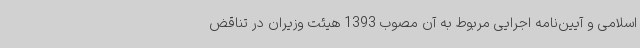
اسلامی و آیین‌نامه اجرایی مربوط به آن مصوب 1393 هیئت وزیران در تناقض